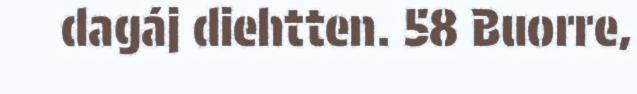
dagáj diehtten. 58 Buorre,